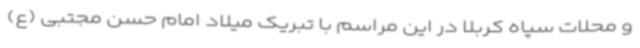
و محلات سپاه کربلا در این مراسم با تبریک میلاد امام حسن مجتبی (ع)